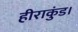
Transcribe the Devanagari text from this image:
हीराकुंड।